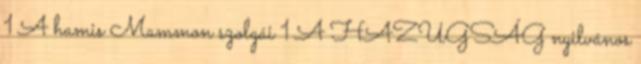
1 A hamis Mammon szolgái 1 A HAZUGSÁG nyilvános